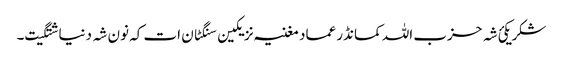
شکر یکئ شہ حزب اللہ کمانڈر عماد مغنیہ نزیکین سنگٹان ات کہ نون شہ دنیا شتگیت۔